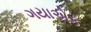
ગયાએક